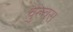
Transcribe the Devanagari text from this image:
वुल्वस